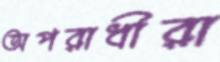
অপরাধীরা